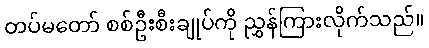
တပ်မတော် စစ်ဦးစီးချုပ်ကို ညွှန်ကြားလိုက်သည်။